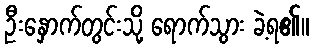
ဦးနှောက်တွင်းသို့ ရောက်သွား ခဲ့ရ၏။